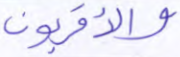
والأقربون